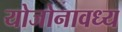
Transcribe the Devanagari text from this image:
योजोनावध्य